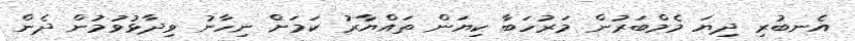
އެނބުރި ދިޔަ މެމްބަރުން މަރުހަބާ ކިޔަން ތައްޔާރު ކަމަށް ނިހާނު ވިދާޅުވުމުން ދެން